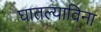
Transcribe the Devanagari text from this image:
घातल्याविना